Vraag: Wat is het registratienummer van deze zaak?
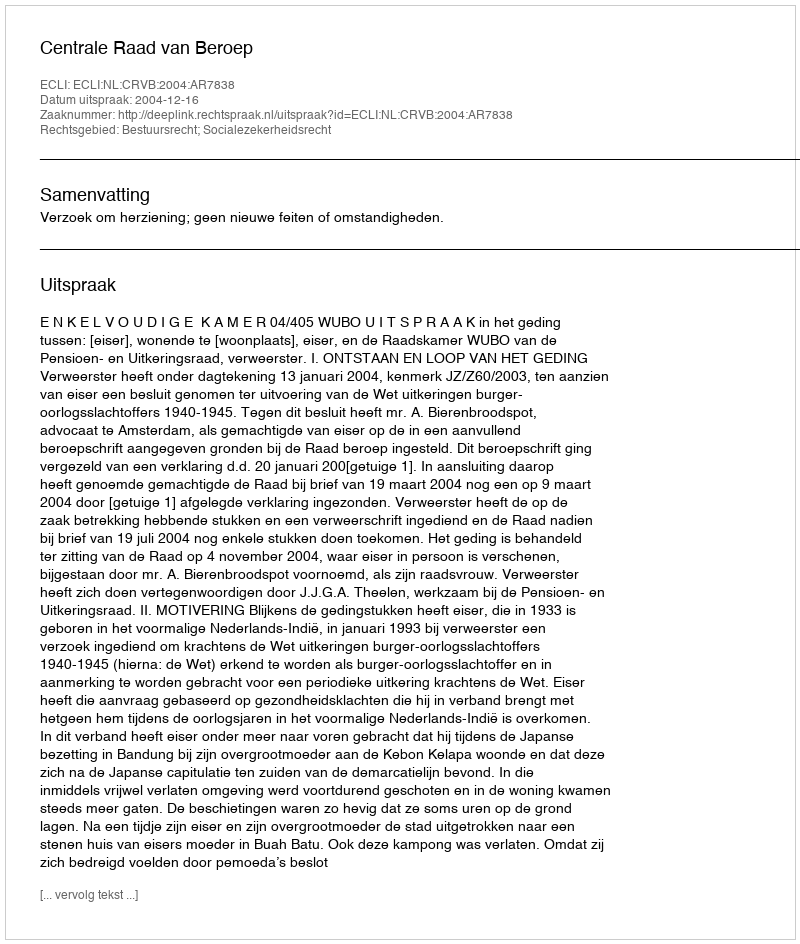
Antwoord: http://deeplink.rechtspraak.nl/uitspraak?id=ECLI:NL:CRVB:2004:AR7838